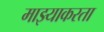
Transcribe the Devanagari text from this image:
माझ्याकरता